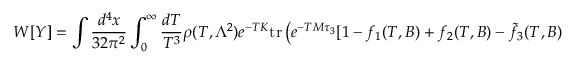
W [ Y ] = \int \frac { d ^ { 4 } x } { 3 2 \pi ^ { 2 } } \int _ { 0 } ^ { \infty } \frac { d T } { T ^ { 3 } } \rho ( T , \Lambda ^ { 2 } ) e ^ { - T K } \mathrm { t r } \left( e ^ { - T M \tau _ { 3 } } [ 1 - f _ { 1 } ( T , B ) + f _ { 2 } ( T , B ) - \tilde { f } _ { 3 } ( T , B ) + \ldots ] \right) ,